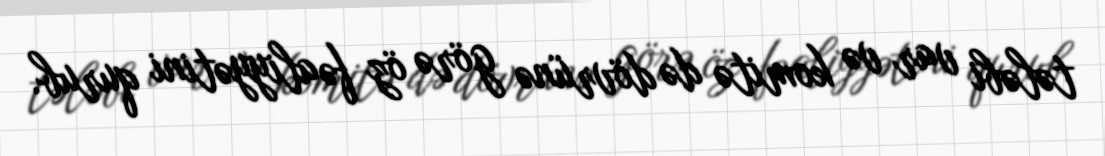
tələbi var və komitə də dövrünə görə öz fəaliyyətini qurub.